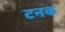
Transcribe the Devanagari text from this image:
टनक